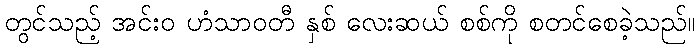
တွင်သည့် အင်းဝ ဟံသာဝတီ နှစ် လေးဆယ် စစ်ကို စတင်စေခဲ့သည်။